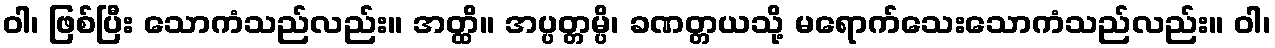
ဝါ၊ ဖြစ်ပြီး သောကံသည်လည်း။ အတ္ထိ။ အပ္ပတ္တမ္ပိ၊ ခဏတ္တယသို့ မရောက်သေးသောကံသည်လည်း။ ဝါ၊